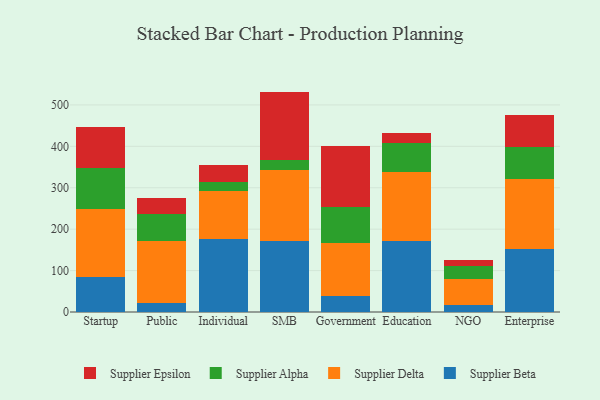
{"axis": {"x": "Segment", "y": "Demand Index"}, "legend": ["Supplier Alpha", "Supplier Beta", "Supplier Delta", "Supplier Epsilon"], "data": [{"x": "Startup", "y": 85.4, "type": "Supplier Beta"}, {"x": "Startup", "y": 163.4, "type": "Supplier Delta"}, {"x": "Startup", "y": 98.8, "type": "Supplier Alpha"}, {"x": "Startup", "y": 98.0, "type": "Supplier Epsilon"}, {"x": "Public", "y": 22.4, "type": "Supplier Beta"}, {"x": "Public", "y": 150.1, "type": "Supplier Delta"}, {"x": "Public", "y": 64.3, "type": "Supplier Alpha"}, {"x": "Public", "y": 38.5, "type": "Supplier Epsilon"}, {"x": "Individual", "y": 176.2, "type": "Supplier Beta"}, {"x": "Individual", "y": 117.0, "type": "Supplier Delta"}, {"x": "Individual", "y": 19.6, "type": "Supplier Alpha"}, {"x": "Individual", "y": 41.1, "type": "Supplier Epsilon"}, {"x": "SMB", "y": 171.1, "type": "Supplier Beta"}, {"x": "SMB", "y": 171.9, "type": "Supplier Delta"}, {"x": "SMB", "y": 24.2, "type": "Supplier Alpha"}, {"x": "SMB", "y": 165.0, "type": "Supplier Epsilon"}, {"x": "Government", "y": 39.0, "type": "Supplier Beta"}, {"x": "Government", "y": 128.5, "type": "Supplier Delta"}, {"x": "Government", "y": 85.3, "type": "Supplier Alpha"}, {"x": "Government", "y": 147.2, "type": "Supplier Epsilon"}, {"x": "Education", "y": 170.3, "type": "Supplier Beta"}, {"x": "Education", "y": 167.3, "type": "Supplier Delta"}, {"x": "Education", "y": 71.5, "type": "Supplier Alpha"}, {"x": "Education", "y": 23.6, "type": "Supplier Epsilon"}, {"x": "NGO", "y": 17.7, "type": "Supplier Beta"}, {"x": "NGO", "y": 62.9, "type": "Supplier Delta"}, {"x": "NGO", "y": 29.5, "type": "Supplier Alpha"}, {"x": "NGO", "y": 15.9, "type": "Supplier Epsilon"}, {"x": "Enterprise", "y": 153.2, "type": "Supplier Beta"}, {"x": "Enterprise", "y": 166.9, "type": "Supplier Delta"}, {"x": "Enterprise", "y": 77.6, "type": "Supplier Alpha"}, {"x": "Enterprise", "y": 78.6, "type": "Supplier Epsilon"}]}